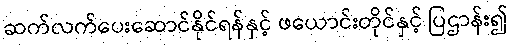
ဆက်လက်ပေးဆောင်နိုင်ရန်နှင့် ဖယောင်းတိုင်နှင့် ပြဌာန်း၍